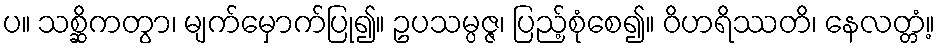
ပ။ သစ္ဆိကတွာ၊ မျက်မှောက်ပြု၍။ ဥပသမ္ပဇ္ဇ၊ ပြည့်စုံစေ၍။ ဝိဟရိဿတိ၊ နေလတ္တံ့။